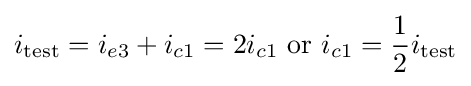
i_{\text{test}}=i_{e3}+i_{c1}=2i_{c1}{\text{ or }}i_{c1}={\frac {1}{2}}i_{\text{test}}